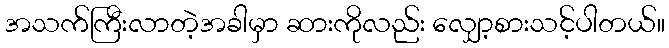
အသက်ကြီးလာတဲ့အခါမှာ ဆားကိုလည်း လျှော့စားသင့်ပါတယ်။